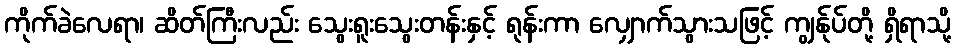
ကိုက်ခဲလေရာ၊ ဆိတ်ကြီးလည်း သွေးရူးသွေးတန်းနှင့် ရုန်းကာ လျှောက်သွားသဖြင့် ကျွန်ုပ်တို့ ရှိရာသို့